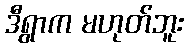
ဒီရွာက မဟုတ်ဘူး